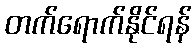
တက်ရောက်နိုင်ရန်